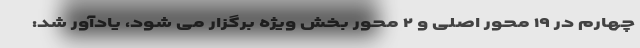
چهارم در ۱۹ محور اصلی و ۲ محور بخش ویژه برگزار می شود، یادآور شد: